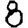
Digit: 8